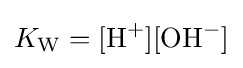
K_{\mathrm {W} }={[\mathrm {H} {\vphantom {A}}^{+}]}[{\mathrm {OH} {\vphantom {A}}^{-}}]